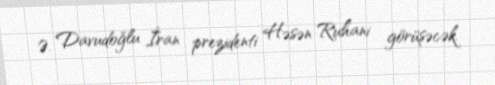
Ə. Davudoğlu İran prezidenti Həsən Ruhani görüşəcək.